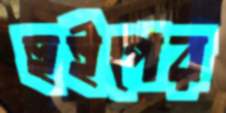
হুইপের